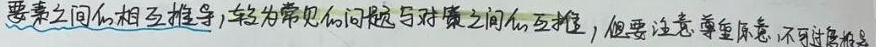
要素之间的相互推导，较为常见的问题与对策之间的互推，但要注意尊重原意，不可过度推导